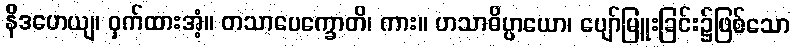
နိဒဟေယျ၊ ဝှက်ထားအံ့။ တသာပေက္ခောတိ၊ ကား။ ဟသာဓိပ္ပာယော၊ ပျော်မြူးခြင်း၌ဖြစ်သော